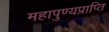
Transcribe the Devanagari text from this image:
महापुण्यप्राप्ति